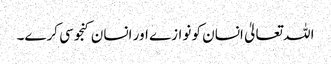
اللہ تعالیٰ انسان کو نوازے اور انسان کنجوسی کرے۔